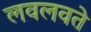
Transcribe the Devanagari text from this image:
लवलवते